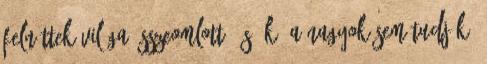
felnőttek világa összeomlott, és ők, a nagyok sem tudják,